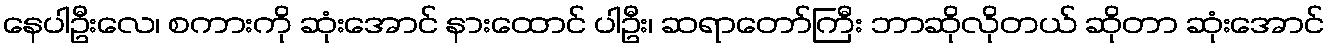
နေပါဦးလေ၊ စကားကို ဆုံးအောင် နားထောင် ပါဦး၊ ဆရာတော်ကြီး ဘာဆိုလိုတယ် ဆိုတာ ဆုံးအောင်